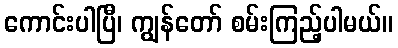
ကောင်းပါပြီ၊ ကျွန်တော် စမ်းကြည့်ပါမယ်။